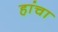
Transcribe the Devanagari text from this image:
हांचा